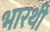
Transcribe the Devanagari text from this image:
भारथी